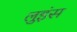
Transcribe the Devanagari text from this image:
लुइंस